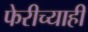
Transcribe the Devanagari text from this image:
फेरीच्याही